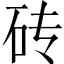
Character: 砖